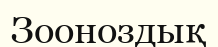
Зооноздық